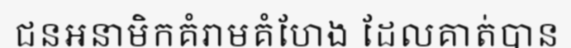
ជនអនាមិកគំរាមគំហែង ដែលគាត់បាន